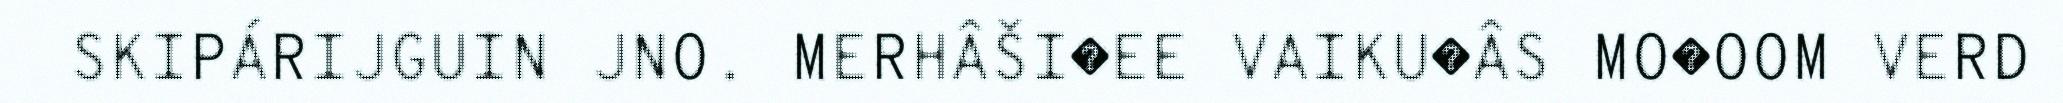
SKIPÁRIJGUIN JNO. MERHÂŠI�EE VAIKU�ÂS MO�OOM VERD